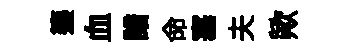
籩血諳命塞夫歟